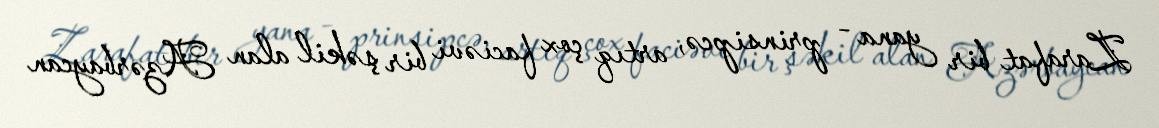
Zarafat bir yana - prinsipcə, artıq çox faciəvi bir şəkil alan Azərbaycan